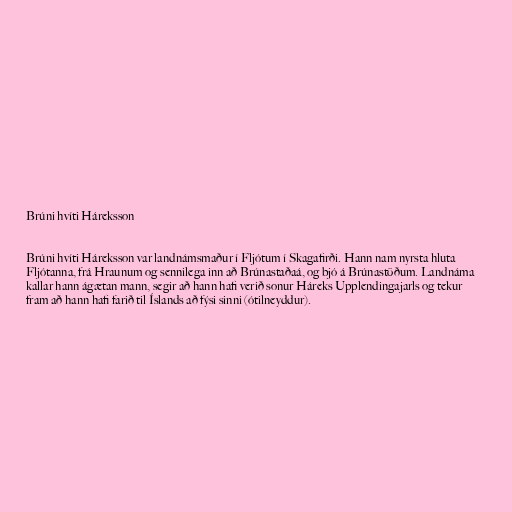
Brúni hvíti Háreksson

Brúni hvíti Háreksson var landnámsmaður í Fljótum í Skagafirði. Hann nam nyrsta hluta
Fljótanna, frá Hraunum og sennilega inn að Brúnastaðaá, og bjó á Brúnastöðum. Landnáma
kallar hann ágætan mann, segir að hann hafi verið sonur Háreks Upplendingajarls og tekur
fram að hann hafi farið til Íslands að fýsi sinni (ótilneyddur).